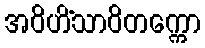
အဝိဟိံသာဝိတက္ကော